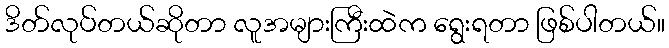
ဒိတ်လုပ်တယ်ဆိုတာ လူအများကြီးထဲက ရွေးရတာ ဖြစ်ပါတယ်။